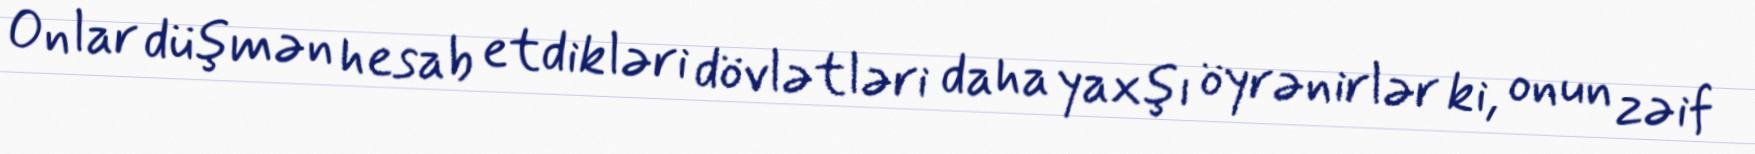
Onlar düşmən hesab etdikləri dövlətləri daha yaxşı öyrənirlər ki, onun zəif